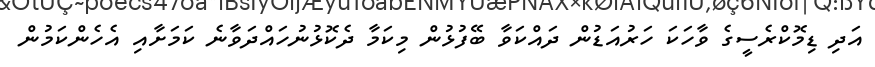
އަދި ޑިމޮކްރެސީގެ ވާހަކަ ހަރުއަޑުން ދައްކަވާ ބޭފުޅުން މިކަމާ ދެކޮޅުނުހައްދަވާނެ ކަމަށާއި އެހެންކަމުން